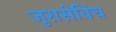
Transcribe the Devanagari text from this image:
जुरासेविच